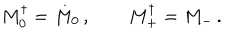
M _ { 0 } ^ { \dagger } = M _ { 0 } \, , \qquad M _ { + } ^ { \dagger } = M _ { - } \, .